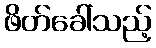
ဖိတ်ခေါ်သည့်